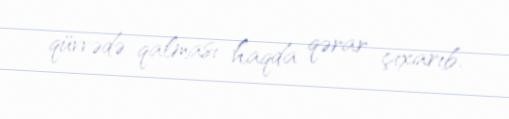
qüvvədə qalması haqda qərar çıxarıb.